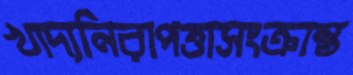
খাদ্যনিরাপত্তাসংক্রান্ত